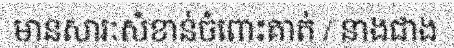
មានសារៈសំខាន់ចំពោះគាត់ / នាងជាង